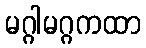
မဂ္ဂါမဂ္ဂကထာ